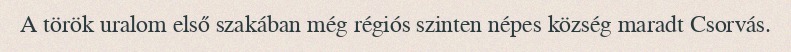
A török uralom első szakában még régiós szinten népes község maradt Csorvás.